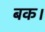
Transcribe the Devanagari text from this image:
बक।